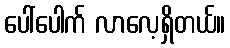
ပေါ်ပေါက် လာလေ့ရှိတယ်။